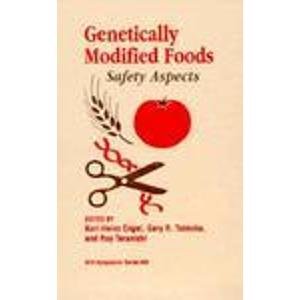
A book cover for Genetically Modified Foods: Safety Aspects (ACS Symposium Series); Health, Fitness & Dieting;